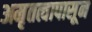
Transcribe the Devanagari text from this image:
अमृतत्वापासून